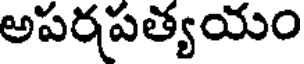
అపరపత్యయం